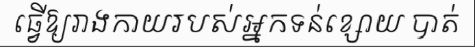
ធ្វើឱ្យរាងកាយរបស់អ្នកទន់ខ្សោយ បាត់